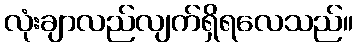
လုံးချာလည်လျက်ရှိရလေသည်။